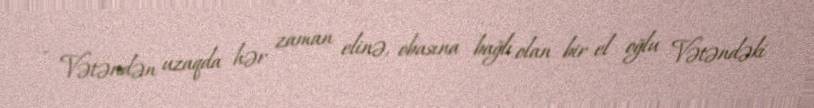
- Vətəndən uzaqda hər zaman elinə, obasına bağlı olan bir el oğlu Vətəndəki